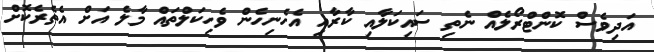
އަދިވެސް ކޮންޓްރޯލެއް ނެތި ސައިކަލާއި ކާރާއި އެހެނިހެން ވެހިކަލްތައް މާލެ އަށް އެތެރެކޮށް